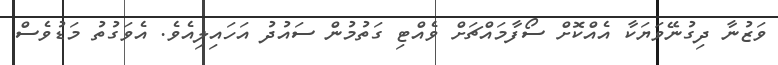
ވަޒުނާ ދިގުނޭވަޔަކާ އެއްކޮށް ސޯފާމައްޗަށް ވެއްޓި ގަތުމުން ސައުދު އަހައިލިއެވެ. އެވަގުތު މަޑުވެސް